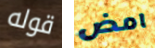
قوله امض